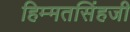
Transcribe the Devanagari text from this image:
हिम्मतसिंहजी